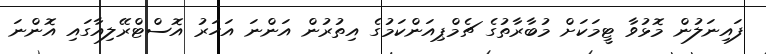
ފައިނަލުން މޮޅުވާ ޓީމަކަށް މުބާރާތުގެ ޗެމްޕިއަންކަމުގެ އިތުރުން އަންނަ އަހަރު އޮސްޓްރޭލިއާގަައި އޮންނަ